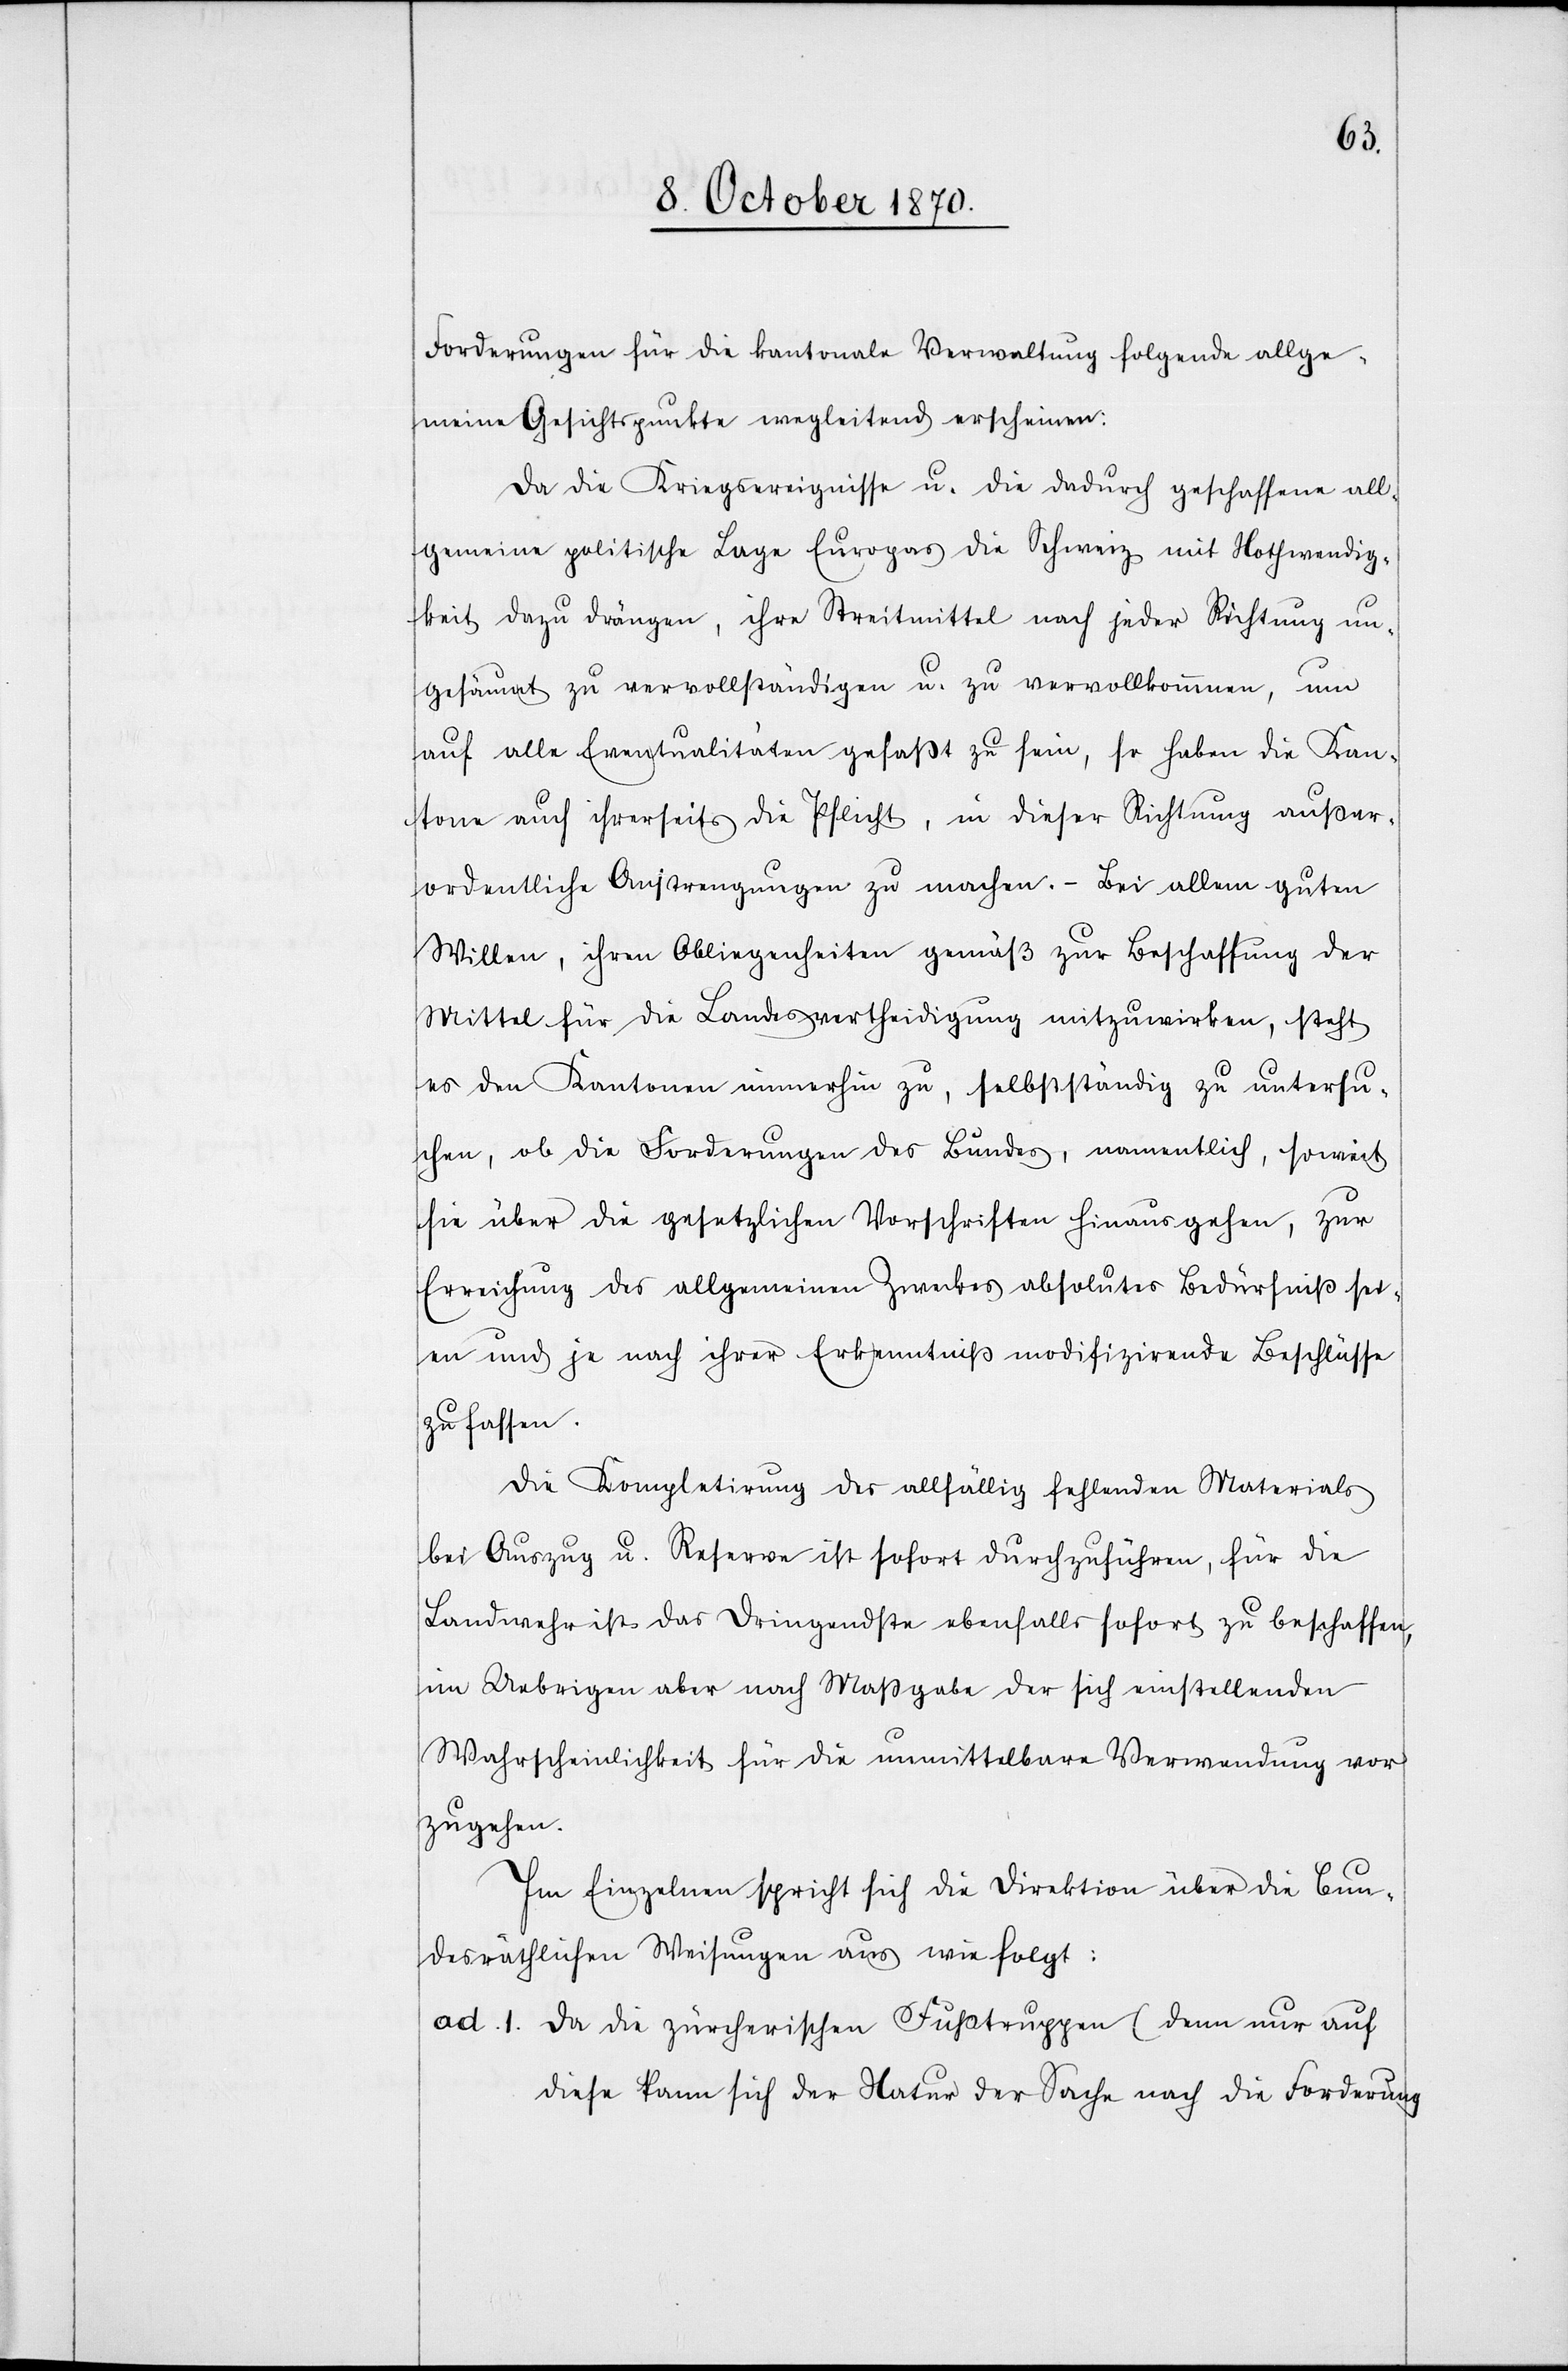
Forderungen für die kantonale Verwaltung folgende allge¬
meine Gesichtspunkte wegleitend erscheinen:
Da die Kriegsereignisse u. die dadurch geschaffene all¬
gemeine politische Lage Europas die Schweiz mit Nothwendig¬
keit dazu drängen, ihre Streitmittel nach jeder Richtung un¬
gesäumt zu vervollständigen u. zu vervollkommnen, um
auf alle Eventualitäten gefaßt zu sein, so haben die Kan¬
tone auch ihrerseits die Pflicht, in dieser Richtung außer¬
ordentliche Anstrengungen zu machen. – Bei allem guten
Willen, ihren Obliegenheiten gemäß zur Beschaffung der
Mittel für die Landesvertheidigung mitzuwirken, steht
es den Kantonen immerhin zu, selbstständig zu untersu¬
chen, ob die Forderungen des Bundes, namentlich, soweit
sie über die gesetzlichen Vorschriften hinausgehen, zur
Erreichung des allgemeinen Zweckes absolutes Bedürfniß sei¬
en und je nach ihrer Erkenntniß modifizirende Beschlüsse
zu fassen.
Die Kompletirung des allfällig fallenden Materials
bei Auszug u. Reserve ist sofort durchzuführen, für die
Landwehr ist das Dringendste ebenfalls sofort zu beschaffen,
im Uebrigen aber nach Maßgabe der sich einstellenden
Wahrscheinlichkeit für die unmittelbare Verwendung vor¬
zugehen.
Im Einzelnen spricht sich die Direktion über die bun¬
desräthlichen Weisungen aus wie folgt:
ad. 1. Da die zürcherischen Fußtruppen (denn nur auf
diese kann sich der Natur der Sache nach die Forderung